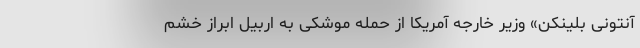
آنتونی بلینکن» وزیر خارجه آمریکا از حمله موشکی به اربیل ابراز خشم